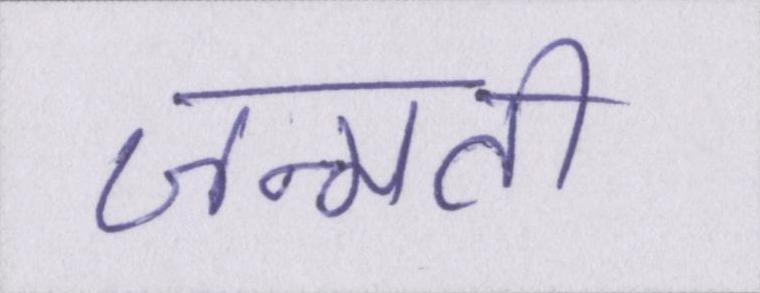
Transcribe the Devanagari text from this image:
जन्मती